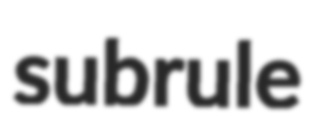
subrule